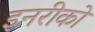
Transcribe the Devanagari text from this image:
इनरीको